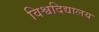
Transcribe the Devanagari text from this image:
विश्वदिद्यालय